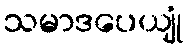
သမာဒပေယျုံ